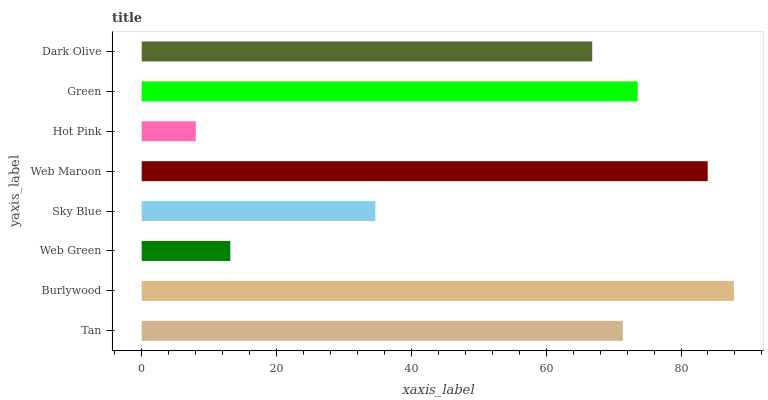
| yaxis_label | bars |
 | --- | --- |
 | Tan | 71.4 |
 | Burlywood | 87.8 |
 | Web Green | 13.1 |
 | Sky Blue | 34.7 |
 | Web Maroon | 84 |
 | Hot Pink | 8.02 |
 | Green | 73.6 |
 | Dark Olive | 66.8 |